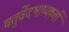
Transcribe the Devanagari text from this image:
चतुर्वेदभाष्यकर्ता